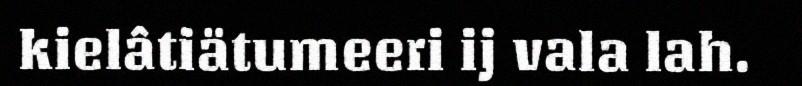
kielâtiätumeeri ij vala lah.